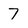
Character: 7